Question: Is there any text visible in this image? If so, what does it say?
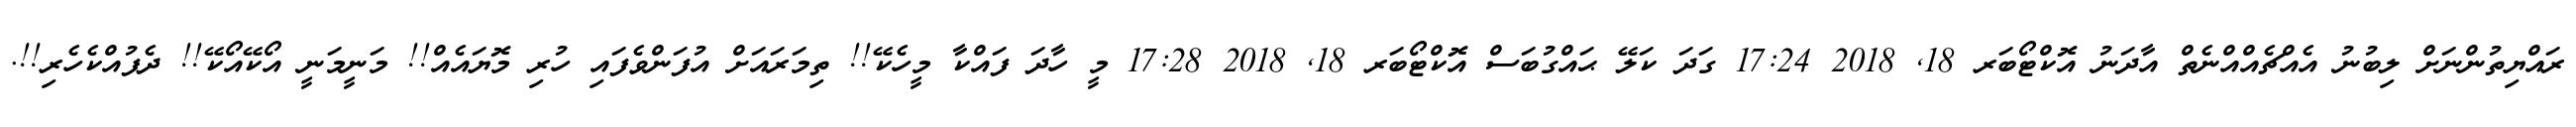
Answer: ރައްޔިތުންނަށް ލިބުނު އެއްޗެއްއްނެތް އާދަނު އޮކްޓޯބަރ 18, 2018 17:24 ގަދަ ކަލޭ ޙައްގުބަސް އޮކްޓޯބަރ 18, 2018 17:28 މީ ހާދަ ފައްކާ މީހެކޭ!! ތިމަރައަށް އުފަންވެފައި ހުރި މޮޔައެއް!! މަނީމަނީ އޯކޭއޯކޭ!! ދެފުއްކެހެރި!!.